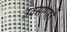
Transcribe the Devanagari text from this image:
उवसग्गहरं